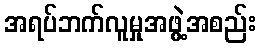
အရပ်ဘက်လူမှုအဖွဲ့အစည်း